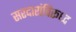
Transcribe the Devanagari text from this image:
सरदारांविरूध्द